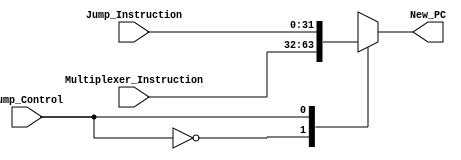
`timescale 1ns / 1ps
//////////////////////////////////////////////////////////////////////////////////
// Company: 
// Engineer: 
// 
// Design Name: 
// Module Name:    Multiplexer_5 
// Project Name: 
// Target Devices: 
// Tool versions: 
// Description: 
//
// Dependencies: 
//
// Revision: 
// Revision 0.01 - File Created
// Additional Comments: This multiplexer is used to support jump instructions.
//								IF 0: Chooses the next instruction.
//								IF 1: Changes the PC according to the Jump Instruction
//////////////////////////////////////////////////////////////////////////////////
module Multiplexer_5( input [31:0] Multiplexer_Instruction, 
							 input [31:0] Jump_Instruction,
							 input Jump_Control,
							 output [31:0] New_PC
							 );
reg [31:0] temp;

	always @(*) begin
		case (Jump_Control) 
			0: temp <= Multiplexer_Instruction;
			1: temp <= Jump_Instruction;
		endcase 
	end
	
	assign New_PC = temp;
endmodule